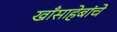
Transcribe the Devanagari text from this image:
खाँसाहेबांचे